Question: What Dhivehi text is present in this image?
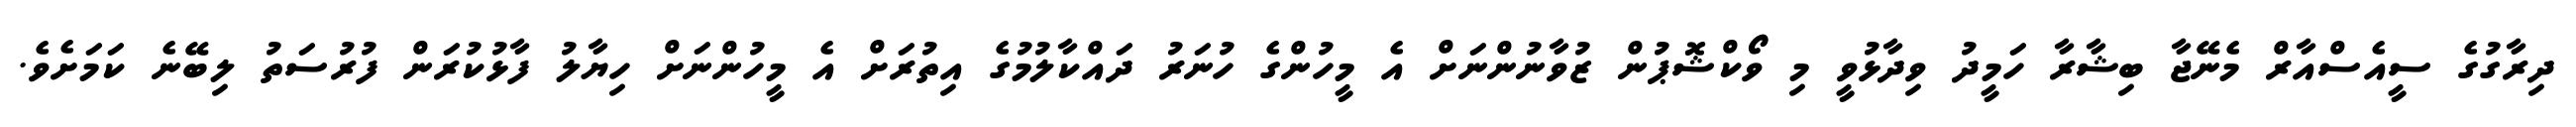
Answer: ދިރާގުގެ ސީއެސްއާރް މެނޭޖާ ބިޝާރާ ހަމީދު ވިދާޅުވީ މި ވޯކްޝޮޕުން ޒުވާނުންނަށް އެ މީހުންގެ ހުނަރު ދައްކާލުމުގެ އިތުރަށް އެ މީހުންނަށް ހިޔާލު ފާޅުކުރަން ފުރުސަތު ލިބޭނެ ކަމަށެވެ.